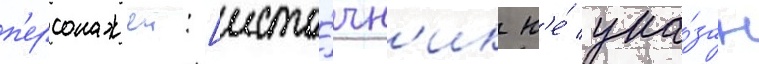
п'ерсонажеи: [исто́чн'ик н'е́ ука́зан